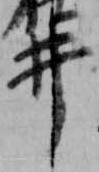
井